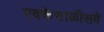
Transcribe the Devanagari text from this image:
एक्केचाळीसवे